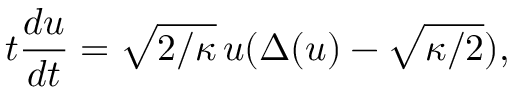
t \frac { d u } { d t } = \sqrt { 2 / \kappa } \, u ( \Delta ( u ) - \sqrt { \kappa / 2 } ) ,